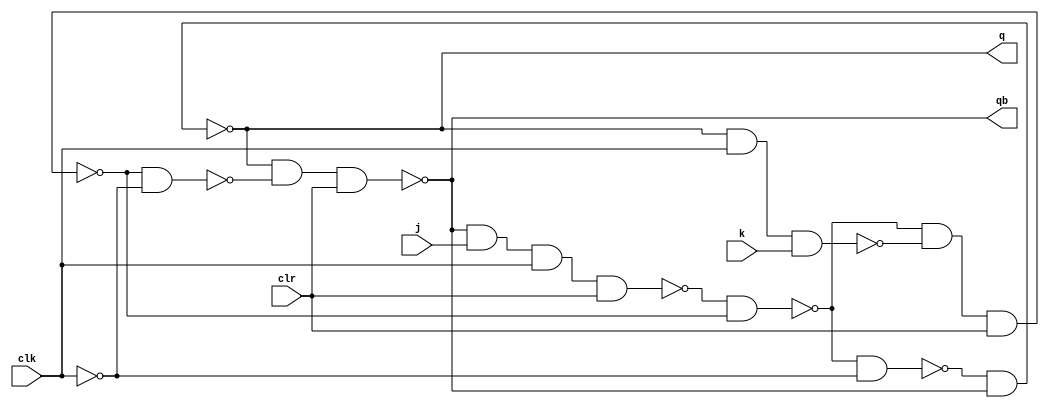
module jk_master_slv(q,qb,j,k,clr,clk);

output q,qb;
input j,k,clr,clk;
wire a,b,y,z,c,d,clkb;

nand(a,qb,j,clk,clr);
nand(b,q,clk,k);
nand(y,a,z);
nand(z,y,b,clr);

not(clkb,clk);

nand(c,y,clkb);
nand(d,z,clkb);
nand(q,c,qb);
nand(qb,q,d,clr);

endmodule

module sequence_counter(Q,QB,j,k,clr,clk);

input j,k,clr,clk;
output [3:0]Q,QB;
wire w1,w2,w3,w4;


xor xr1(w1,Q[0],Q[1]);
jk_master_slv s1(Q[0],QB[0],w1,w1,clr,clk);

xor xr2(w2,Q[1],Q[2]);
jk_master_slv s2(Q[1],QB[1],w2,w2,clr,clk);

xor xr3(w3,Q[2],Q[3]);
jk_master_slv s3(Q[2],QB[2],w3,w3,clr,clk);

xnor xnr1(w4,Q[0],Q[3]);
jk_master_slv s4(Q[3],QB[3],w4,w4,clr,clk);

endmodule